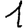
Digit: 1